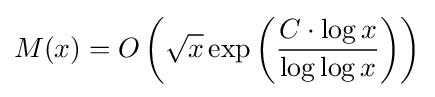
M(x)=O\left({\sqrt {x}}\exp \left({\frac {C\cdot \log x}{\log \log x}}\right)\right)